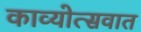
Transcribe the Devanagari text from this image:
काव्योत्सवात